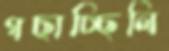
গছাচ্ছিলি